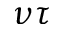
\nu \tau